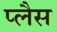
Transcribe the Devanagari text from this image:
प्लैस